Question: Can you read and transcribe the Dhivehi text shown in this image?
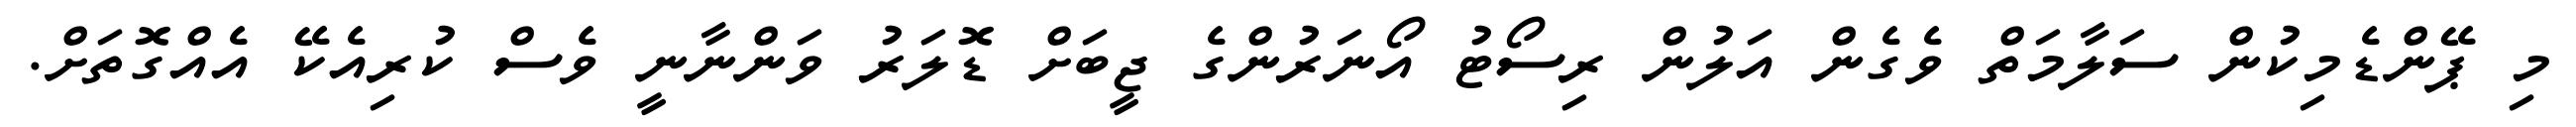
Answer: މި ޕޭންޑެމިކުން ސަލާމަތް ވެގެން އަލުން ރިސޯޓު އޯނަރުންގެ ޖީބަށް ޑޮލަރު ވަންނާނީ ވެސް ކުރިއެކޭ އެއްގޮތަށް.